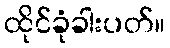
ထိုင်ခုံခါးပတ်။